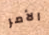
الأمر